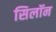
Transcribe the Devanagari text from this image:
सिलॉन